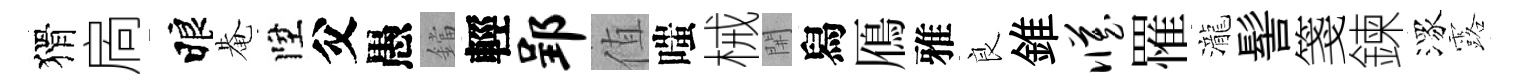
猾扄睱𤲅陞父愚鐺輕郢值嗤械𨳩舄鴈雅良錐臧罹瀧髻箋鍊潈露